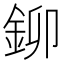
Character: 鉚